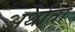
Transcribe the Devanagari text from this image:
अर्थातो